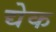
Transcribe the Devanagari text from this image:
द्येक